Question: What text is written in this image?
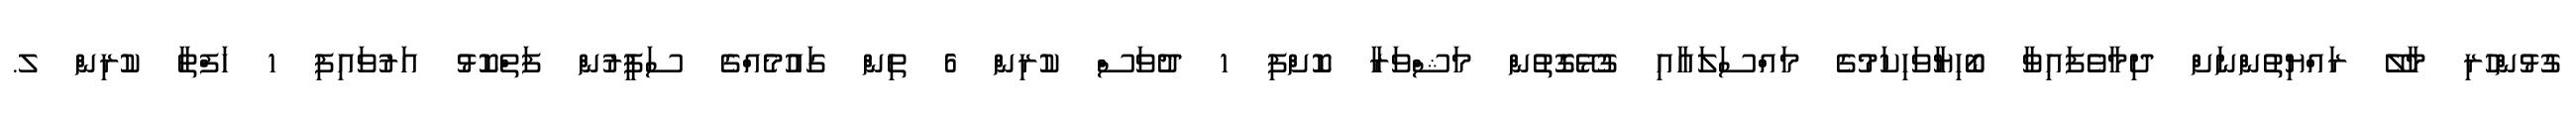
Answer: ގުޅުންހުރި މާލޭ ރައްޔިތުންނަށް ދިމާވެފައިވާ ބޯހިޔާވަހިކަމުގެ މައްސަލައާއި ގުޅޭގޮތުން މަޝްވަރާ ކޮށްފި 1 ދުވަސް ކުރިން 6 ތިން ގައުމެއްގެ ސަފީރުން ފަތްކޮޅު އަރުވައިފި 1 ހަފްތާ ކުރިން ލ.